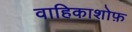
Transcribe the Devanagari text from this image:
वाहिकाशोफ़